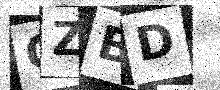
Text: CZBD